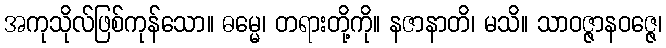
အကုသိုလ်ဖြစ်ကုန်သော။ ဓမ္မေ၊ တရားတို့ကို။ နဇာနာတိ၊ မသိ။ သာဝဇ္ဇာနဝဇ္ဇေ၊